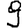
Digit: 9